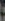
: